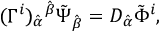
( \Gamma ^ { i } ) _ { \hat { \alpha } } { } ^ { \hat { \beta } } \tilde { \Psi } _ { \hat { \beta } } = D _ { \hat { \alpha } } \tilde { \Phi } ^ { i } ,